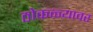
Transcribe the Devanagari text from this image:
ठोकळ्यावर